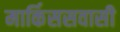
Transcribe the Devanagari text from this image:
मार्किससवासी